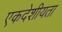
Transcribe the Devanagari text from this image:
एकदेशीयता